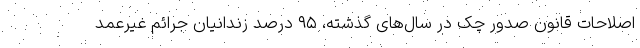
اصلاحات قانون صدور چک در سال‌های گذشته، ۹۵ درصد زندانیان جرائم غیرعمد